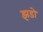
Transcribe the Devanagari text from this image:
झडो